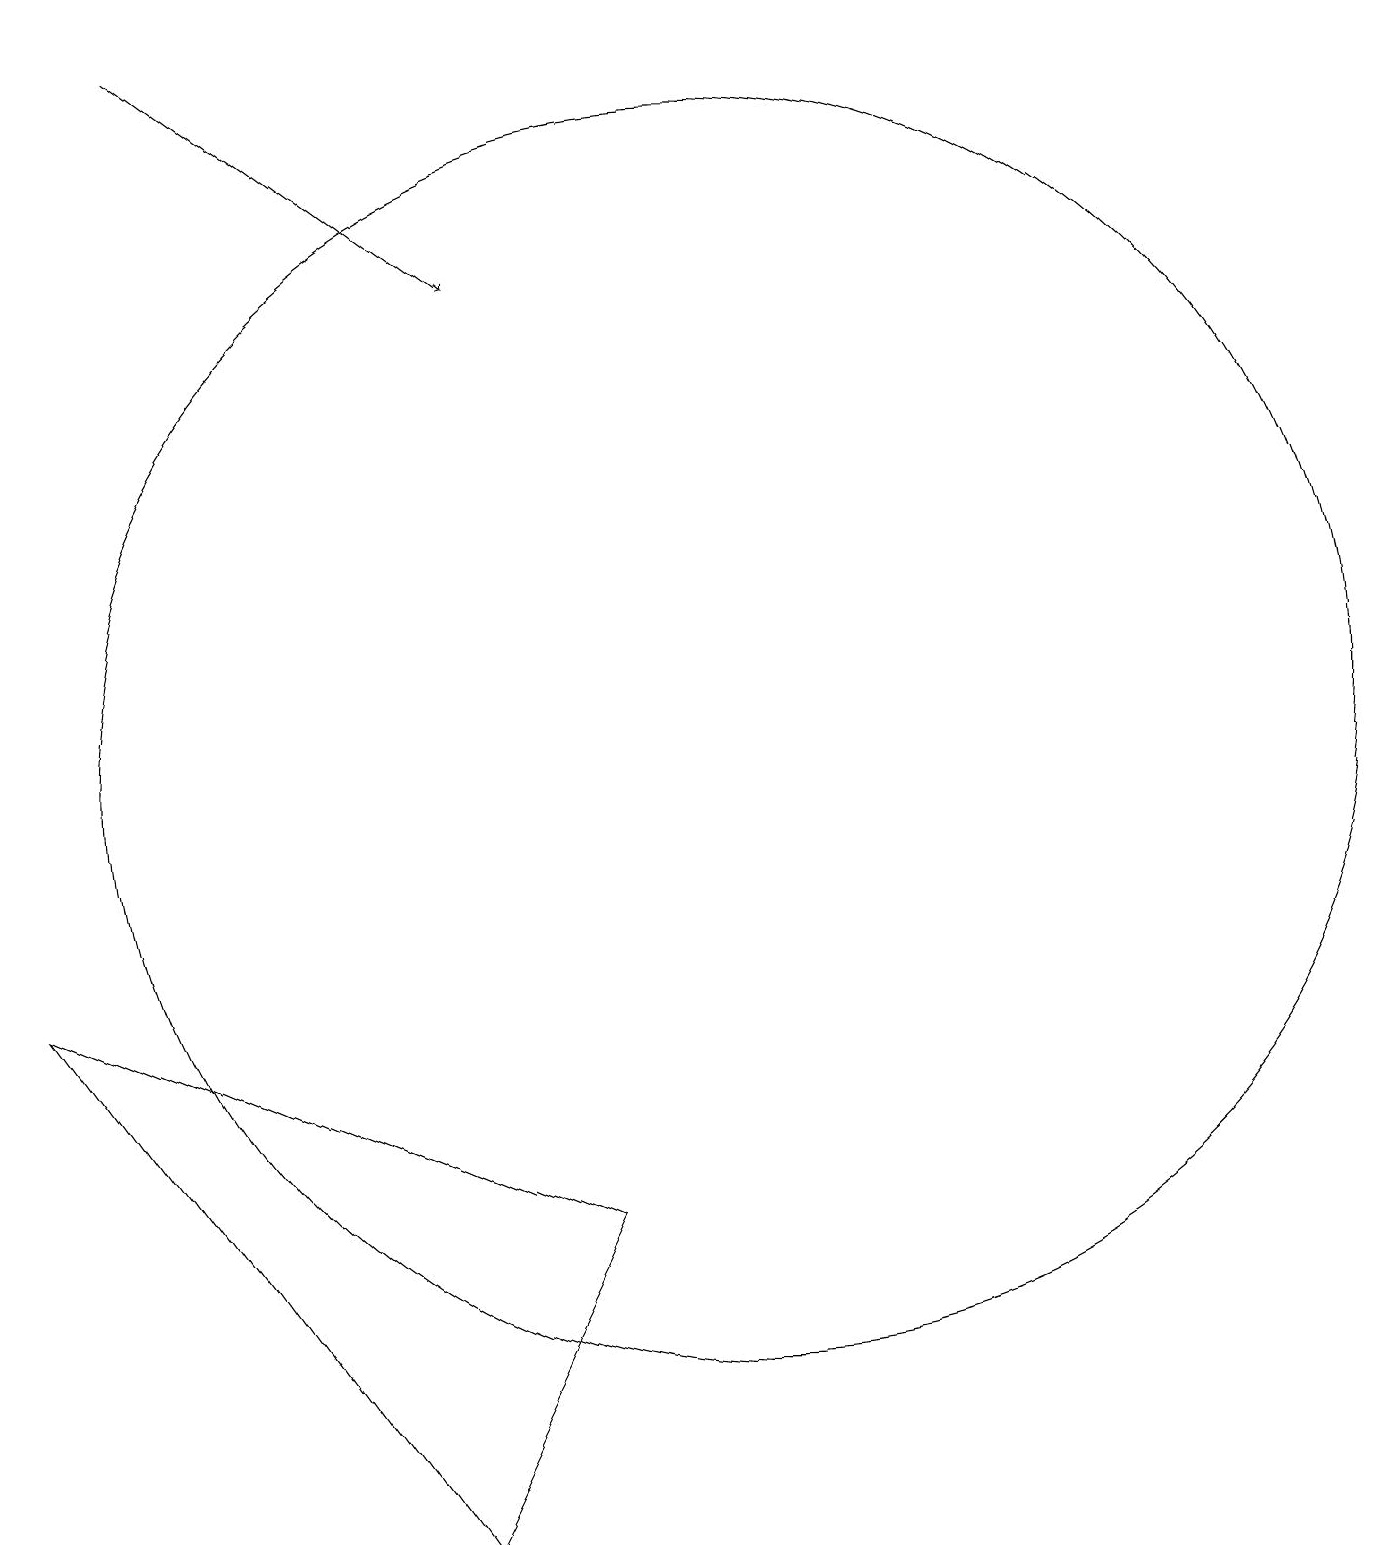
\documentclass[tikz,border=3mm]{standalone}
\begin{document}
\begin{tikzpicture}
\draw (8,4) -- (1,7) -- (6,0) -- cycle;
\draw[->] (3,19) -- (7,16);
\draw (10,10) circle (8);
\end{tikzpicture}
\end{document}